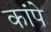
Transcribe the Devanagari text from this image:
कांपे